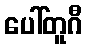
ပေါ်တူဂီ